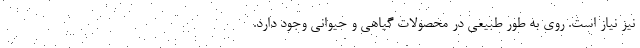
نیز نیاز است. روی به طور طبیعی در محصولات گیاهی و حیوانی وجود دارد.